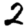
Digit: 2